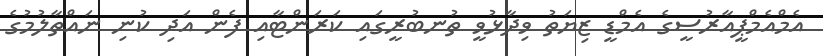
އެމްއެމްޕީއާރުސީގެ އެމްޑީ ޒިޔަތު ވިދާޅުވީ ތުނބުރީގައި ކަރަންޓާއި ފެން އަދި ކުނި ނައްތާލުމުގެ